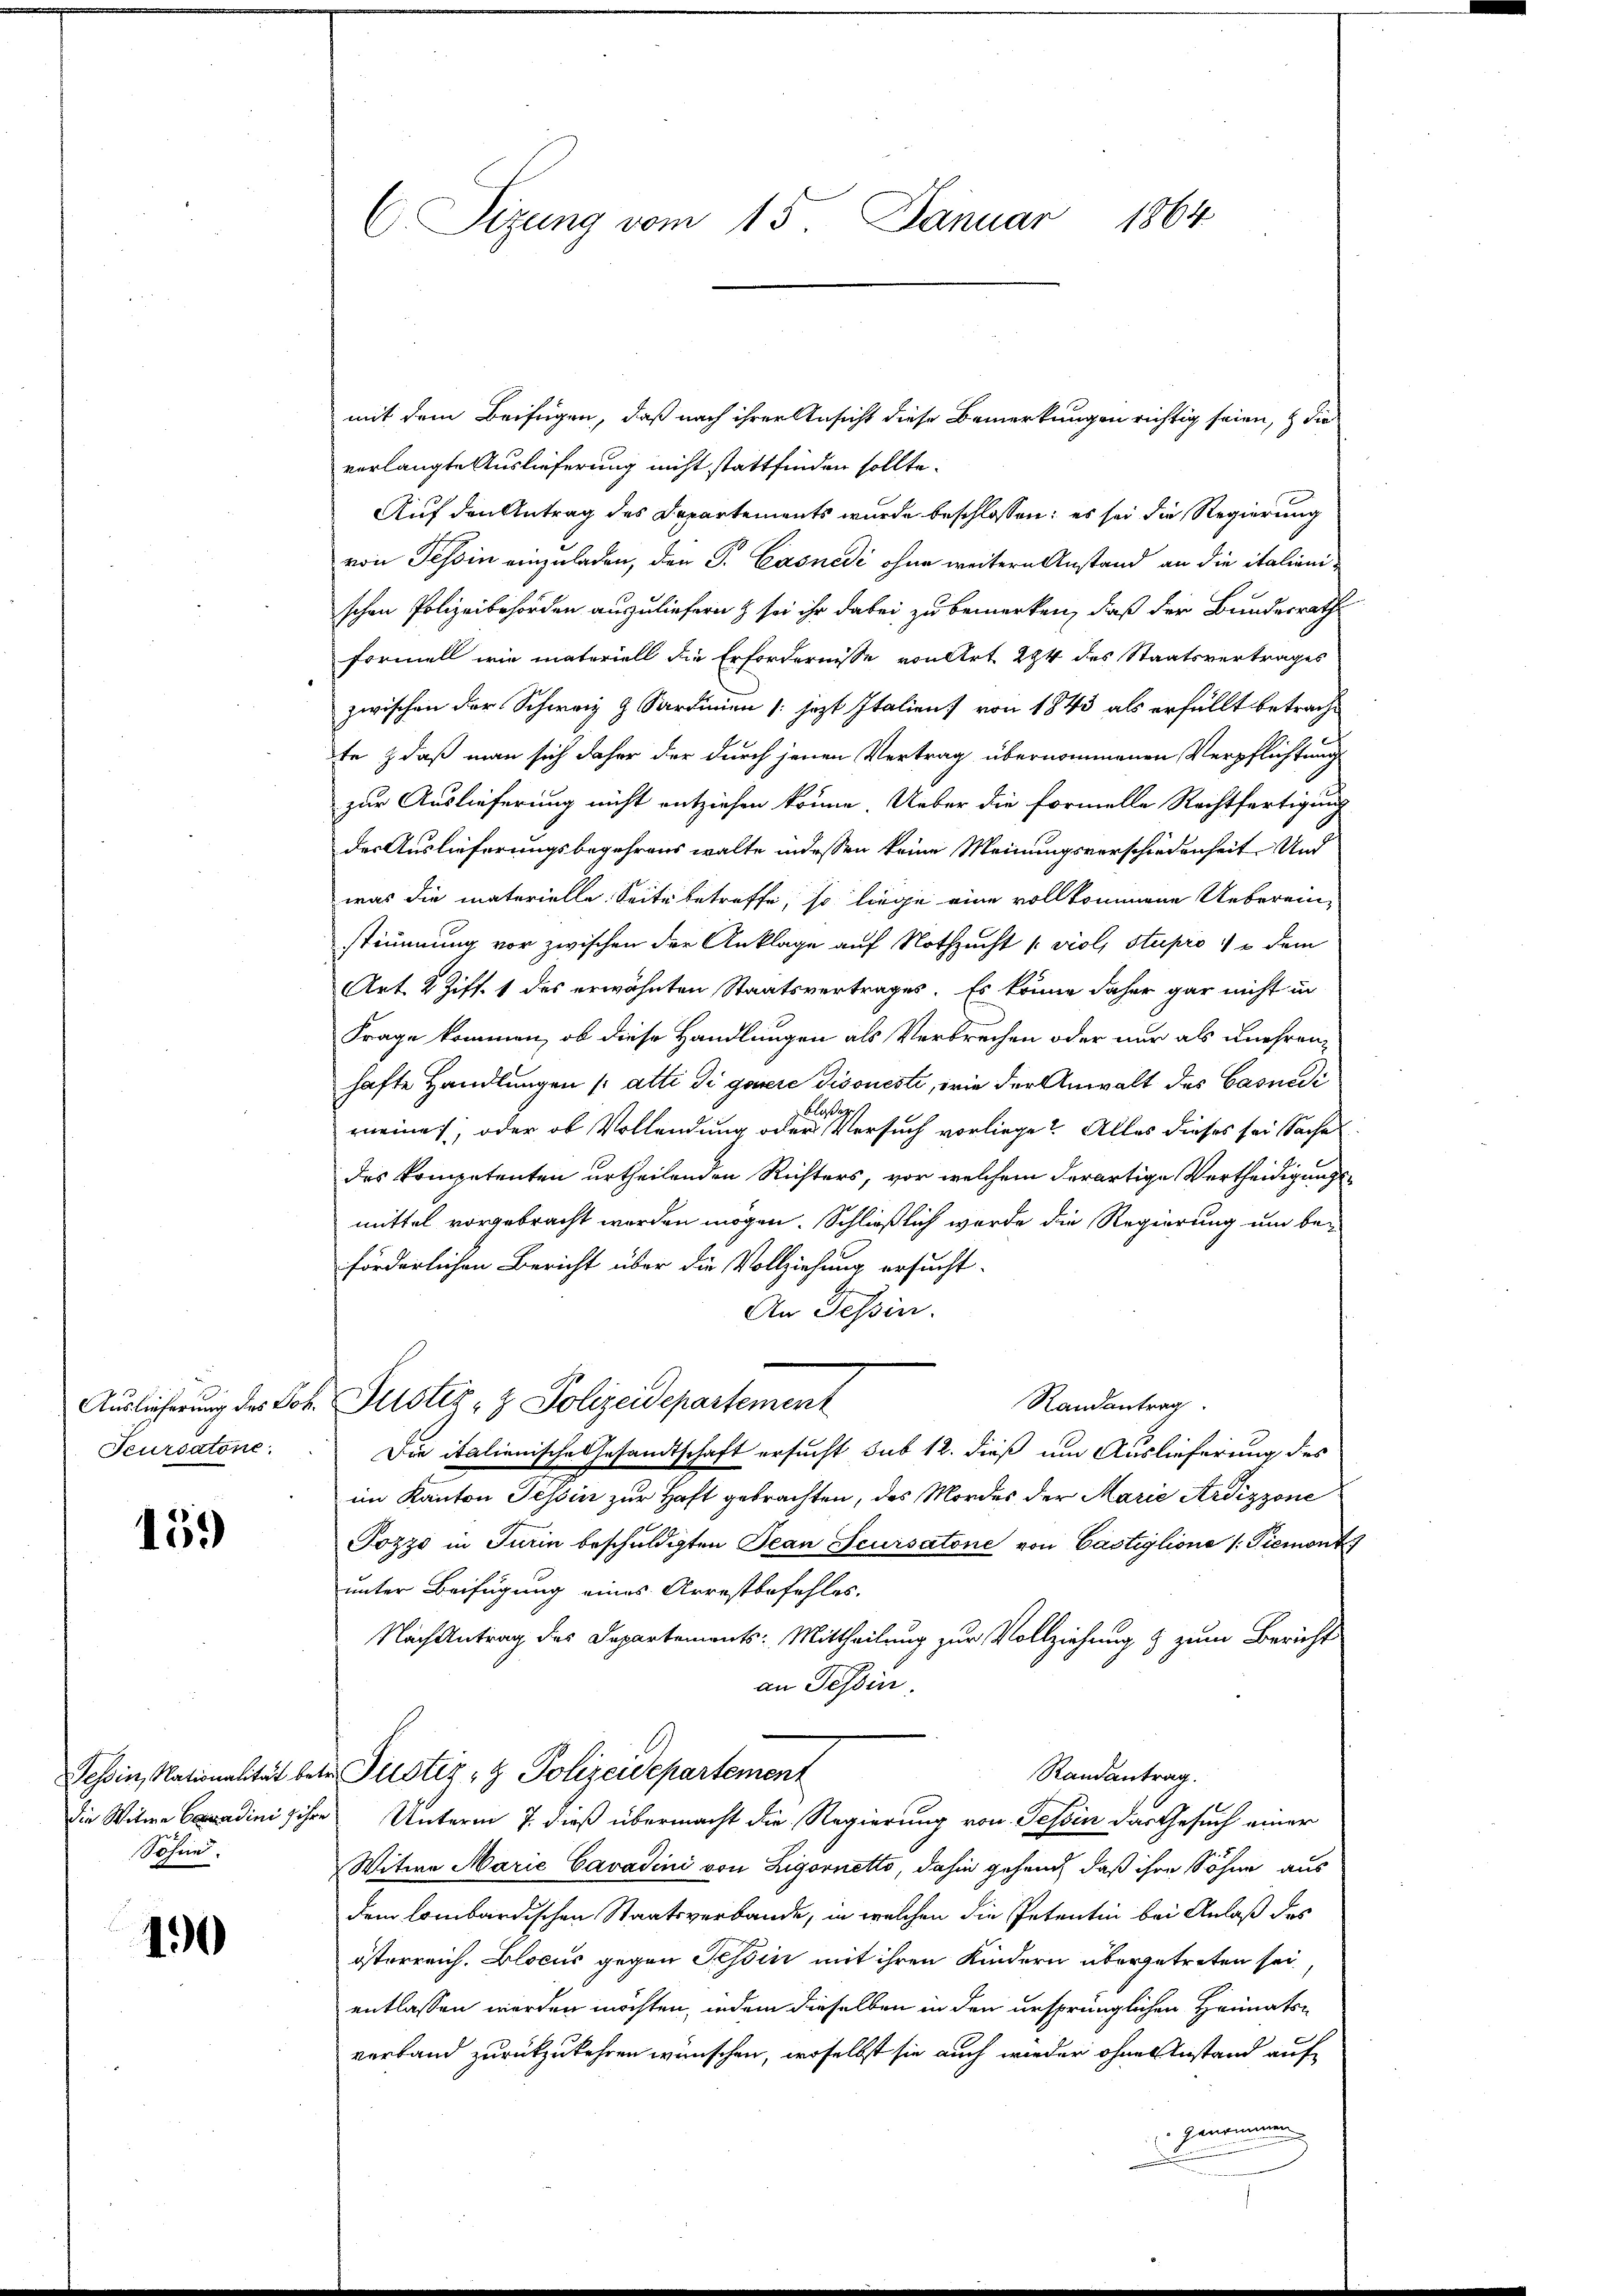
Feurdatone.

159

Sohne

190

C Sizung vom 15. Januar 1864

mit dem Beifügen, daß nach ihrer Ansicht diese Bemerkungen richtig seien, & die
verlangte Auslieferung nicht stattfinden sollte.
Auf den Antrag des Departements wurde beschlossen: es sei die Regierung
von Tessin einzuladen, den S. Casnedi ohne weitern Anstand an die italienischen Polizeibehörden auszuliefern & sei ihr dabei zu bemerken, daß der Bundesrath
Formell wie materiell die Erfordernisse von Art. 294 des Staatsvertrages
zwischen der Schweiz & Sardinien (: jezt Italien von 1843 als erfüllt betracht
te & daß man sich daher der durch jenen Vertrag übernommenen Verpflichtung
zur Auslieferung nicht entziehen könne. Ueber die Formelle Rechtfertigung
der Auslieferungsbegehrens walte indessen keine Meinungsverschiedenheit Und
was die materielle. Seite betreffe, so liege eine vollkommene Ueberein-
stimmung vor zwischen der Anklage auf Nothzucht [viol, Stupro 1 & dem
Art. 2 Ziff. 1 des erwähnten Staatsvertrages. Es könne daher gar nicht in
Frage kommen, ob diese Handlungen als Verbrechen oder nur als unehrenhafte Handlungen ( atti di gereie Disoueste, wie der Anwalt des Casnedi
meines, oder ob Vollendung oder Versuch vorliege? Alles dieses sei Sache
des kompetenten urtheilenden Richters, vor welchem derartige Vertheidigungsmittel vorgebracht worden mögen. Schließlich wurde die Regierung und be-
förderlichen Bericht über die Vollziehung ersucht.
An Tessin.
Randantrag
Auslieferung des Joh. Justiz- & Polizeidepartement
Die italienische Gesandtschaft ersucht sub 12. dieß um Auslieferung des
im Kanton Tessin zur Haft gebrachten, des Mordes der Marie Ardizzone
Jozzo in Turin beschuldigten Jean Feursatone von Cästiglione /: Piemont
unter Beifügung eines Arrestbefehles.
Nach Antrag des Departements: Mittheilung zur Vollziehung & zum Bericht
an Tessin.
Tessin, Nationalität betr. Justiz & Polizeidepartement
Randantrag.
die Witwe Cadini ihre Unterm 7. dieß übermacht die Regierung von Tessin das Gesuch einer
Witwe Marie Cavadini von Ligornetto, dahin gehend, daß ihre Söhne aus
dem lombardischen Staatsverbande, in welchen die Petentin bei Anlaß des
österreich. Blocus gegen Tessin mit ihren Kindern übergetreten sei,
entlassen werden möchten, indem dieselben in den ursprünglichen Heimatsverband zurückzukehren wünschen, woselbst sie auch wieder ohnes Instand auf
 genommen.